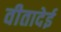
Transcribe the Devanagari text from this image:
वीतादेई